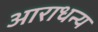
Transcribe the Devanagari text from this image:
आराधन्य